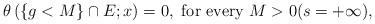
LaTeX: \begin{align*}\theta \left( \{ g< M \} \cap E ; x \right)=0, \mbox{ for every } M >0 (s= + \infty),\end{align*}